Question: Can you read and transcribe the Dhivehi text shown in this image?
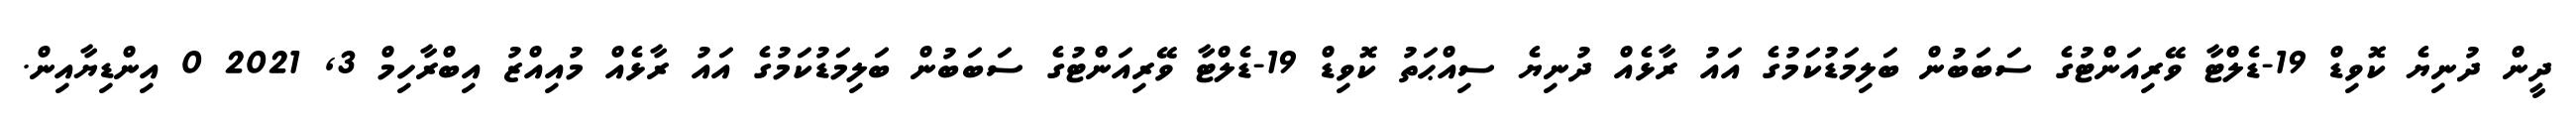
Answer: ދީން ދުނިޔެ ކޮވިޑް 19-ޑެލްޓާ ވޭރިއަންޓުގެ ސަބަބުން ބަލިމަޑުކަމުގެ އައު ރާޅެއް ދުނިޔެ ސިއްޙަތު ކޮވިޑް 19-ޑެލްޓާ ވޭރިއަންޓުގެ ސަބަބުން ބަލިމަޑުކަމުގެ އައު ރާޅެއް މުއިއްޒު އިބްރާހިމް 3, 2021 0 އިންޑިޔާއިން.